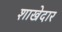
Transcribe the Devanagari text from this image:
शाखेदार